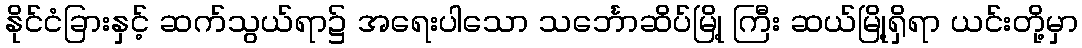
နိုင်ငံခြားနှင့် ဆက်သွယ်ရာ၌ အရေးပါသော သင်္ဘောဆိပ်မြို့ ကြီး ဆယ်မြို့ရှိရာ ယင်းတို့မှာ